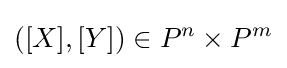
([X],[Y])\in P^{n}\times P^{m}